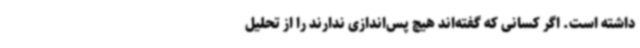
داشته است. اگر کسانی که گفته‌اند هیچ پس‌اندازی ندارند را از تحلیل